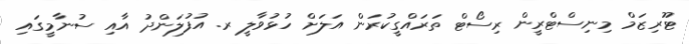
ޓޫރިޒަމް މިނިސްޓްރީން ރިސޯޓް ތަރައްގީކުރަން އަލަށް ހުޅުވާލީ ރ. އުފުލަންދު އާއި ސުނާމީގައި